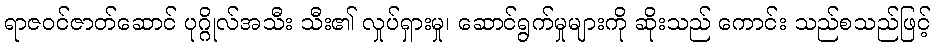
ရာဇဝင်ဇာတ်ဆောင် ပုဂ္ဂိုလ်အသီး သီး၏ လှုပ်ရှားမှု၊ ဆောင်ရွက်မှုများကို ဆိုးသည် ကောင်း သည်စသည်ဖြင့်